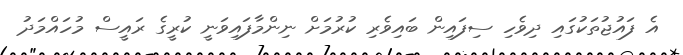
އެ ފައުޖުތަކުގައި ދިވެހި ސިފައިން ބައިވެރި ކުރުމަށް ނިންމާފައިވަނީ ކުރީގެ ރައީސް މުހައްމަދު